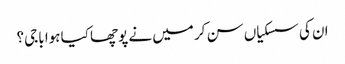
ان کی سسکیاں سن کر میں نے پوچھا کیا ہوا باجی؟